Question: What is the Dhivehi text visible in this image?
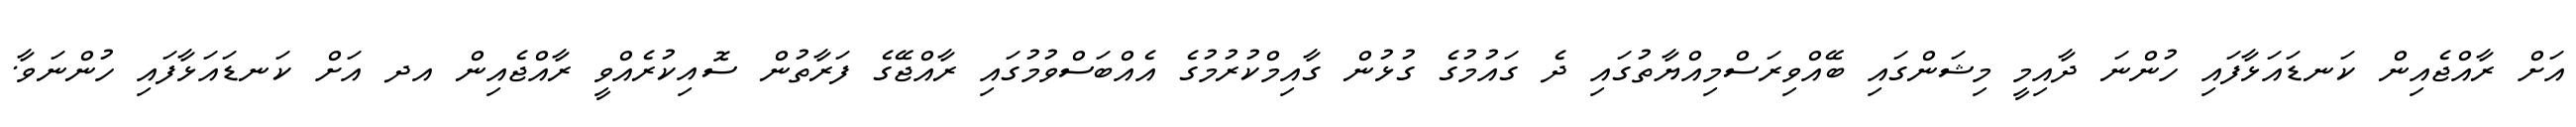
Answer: އަށް ރާއްޖެއިން ކަނޑައަޅާފައި ހުންނަ ދާއިމީ މިޝަންގައި ބޭއްވިރަސްމިއްޔާތުގައި ދެ ގައުމުގެ ގުޅުން ގާއިމްކުރުމުގެ އެއްބަސްވުމުގައި ރާއްޖޭގެ ފަރާތުން ސޮއިކުރެއްވީ ރާއްޖެއިން އދ އަށް ކަނޑައަޅާފައި ހުންނަވާ.